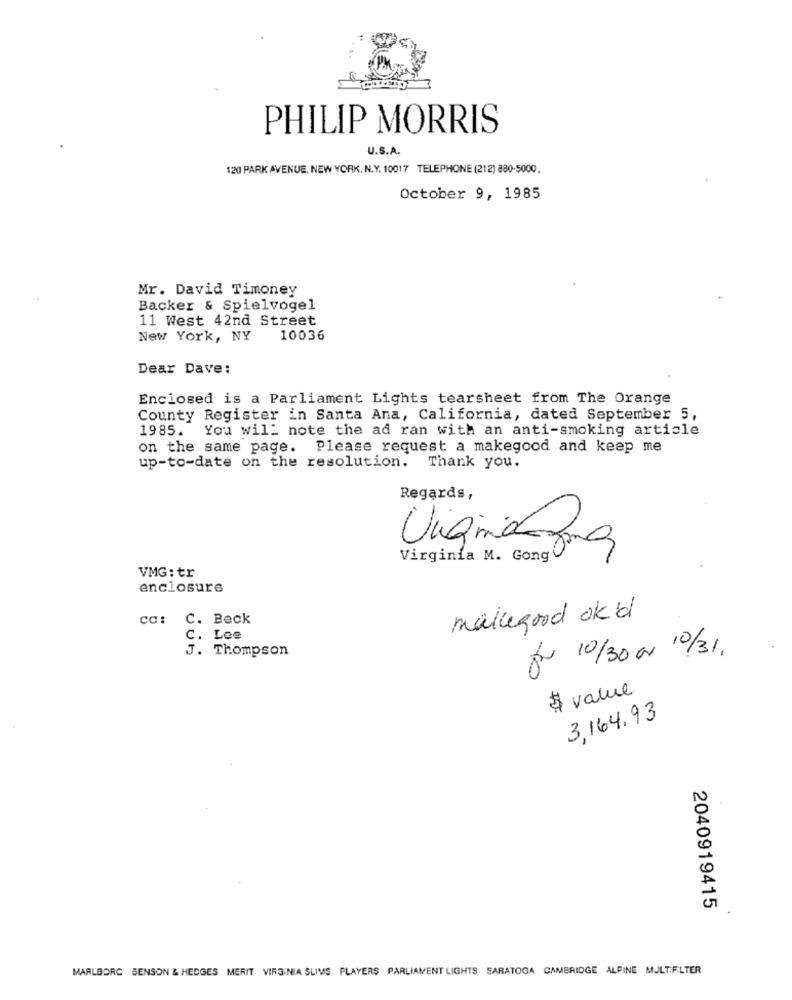
PHILIP MORRIS
U.S.A.
120 PARK AVENUE, NEW YORK, N.Y. 10017 TELEPHONE (212) 880-5000,
October 9, 1985
Mr. David Timoney
Backer & Spielvogel
11 West 42nd Street
New York, NY
10036
Dear Dave:
Enclosed is a Parliament Lights tearsheet from The Orange
County Register in Santa Ana, California, dated September 5,
1985. You will note the ad ran with an anti-smoking article
on the same page. Please request a makegood and keep me
up-to-date on the resolution. Thank you.
Regards,
Virginia M. Gong
VMG: tr
enclosure
cc: C. Beck
makegood ok'd
C. Lee
J. Thompson
for 10/30 cr 10/31.
$ value
3,164.93
2040919415
MARLBORC BENSON & HEDGES MERIT VIRGINIA SLIMS PLAYERS PARLIAMENT LIGHTS SARATOGA CAMBRIDGE ALPINE MULT.FILTER